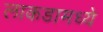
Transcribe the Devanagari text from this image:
लाकडामध्ये